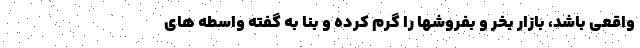
واقعی باشد، بازار بخر و بفروشها را گرم کرده و بنا به گفته واسطه های